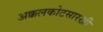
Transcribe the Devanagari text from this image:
अक्कलकोटसारखी